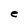
Character: e